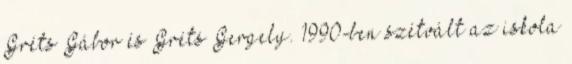
Gréts Gábor és Gréts Gergely. 1990-ben szétvált az iskola